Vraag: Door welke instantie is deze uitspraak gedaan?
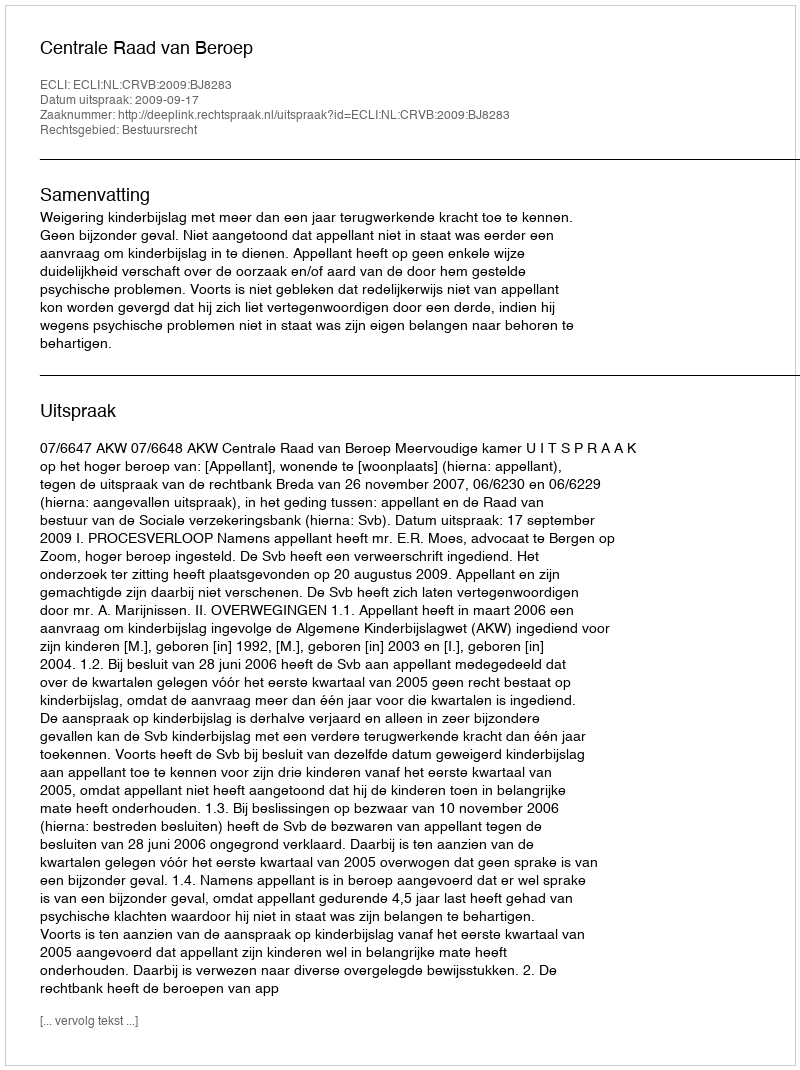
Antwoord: Centrale Raad van Beroep